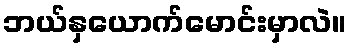
ဘယ်နှယောက်မောင်းမှာလဲ။